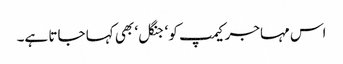
اس مہاجر کیمپ کو ‘جنگل‘ بھی کہا جاتا ہے۔